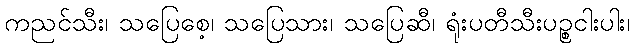
ကညင်သီး၊ သပြေစေ့၊ သပြေသား၊ သပြေဆီ၊ ရုံးပတီသီးပဉ္စငါးပါး၊